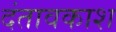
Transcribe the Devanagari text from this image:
दंतावकाश